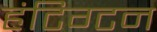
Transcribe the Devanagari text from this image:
हंटिग्टन